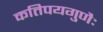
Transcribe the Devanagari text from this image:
कतिपयगुणैः